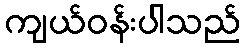
ကျယ်ဝန်းပါသည်